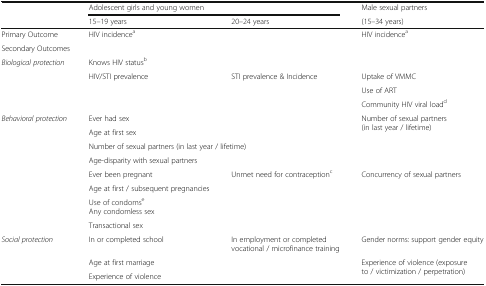
<table><thead><tr><td rowspan="2"></td><td colspan="2"><b>Adolescent girls and young women</b></td><td><b>Male sexual partners</b></td></tr><tr><td><b>15–19 years</b></td><td><b>20–24 years</b></td><td><b>(15–34 years)</b></td></tr></thead><tbody><tr><td>Primary Outcome</td><td colspan="2">HIV incidence<sup>a</sup></td><td>HIV incidence<sup>a</sup></td></tr><tr><td colspan="4">Secondary Outcomes</td></tr><tr><td rowspan="4"><i>Biological protection</i></td><td colspan="3">Knows HIV status<sup>b</sup></td></tr><tr><td rowspan="3">HIV/STI prevalence</td><td rowspan="3">STI prevalence &amp; Incidence</td><td>Uptake of VMMC</td></tr><tr><td>Use of ART</td></tr><tr><td>Community HIV viral load<sup>d</sup></td></tr><tr><td rowspan="8"><i>Behavioral protection</i></td><td colspan="2">Ever had sex</td><td rowspan="3">Number of sexual partners (in last year / lifetime)</td></tr><tr><td colspan="2">Age at first sex</td></tr><tr><td colspan="2">Number of sexual partners (in last year / lifetime)</td></tr><tr><td colspan="3">Age-disparity with sexual partners</td></tr><tr><td>Ever been pregnant</td><td rowspan="2">Unmet need for contraception<sup>c</sup></td><td rowspan="2">Concurrency of sexual partners</td></tr><tr><td>Age at first / subsequent pregnancies</td></tr><tr><td colspan="3">Use of condoms<sup>e</sup>Any condomless sex</td></tr><tr><td colspan="3">Transactional sex</td></tr><tr><td rowspan="3"><i>Social protection</i></td><td>In or completed school</td><td>In employment or completed vocational / microfinance training</td><td>Gender norms: support gender equity</td></tr><tr><td colspan="2">Age at first marriage</td><td rowspan="2">Experience of violence (exposure to / victimization / perpetration)</td></tr><tr><td colspan="2">Experience of violence</td></tr></tbody></table>